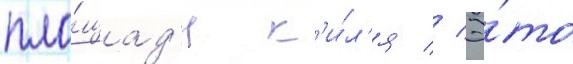
пло́щад'и к'и́л'я // Э́то